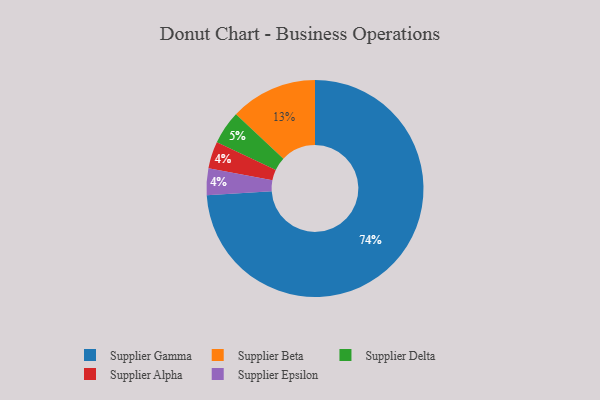
{"axis": {"x": "Category", "y": "Percentage"}, "legend": ["Supplier Alpha", "Supplier Beta", "Supplier Delta", "Supplier Epsilon", "Supplier Gamma"], "data": [{"x": "Supplier Alpha", "y": 4, "type": "Supplier Alpha"}, {"x": "Supplier Epsilon", "y": 4, "type": "Supplier Epsilon"}, {"x": "Supplier Gamma", "y": 74, "type": "Supplier Gamma"}, {"x": "Supplier Delta", "y": 5, "type": "Supplier Delta"}, {"x": "Supplier Beta", "y": 13, "type": "Supplier Beta"}]}